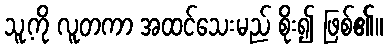
သူ့ကို လူတကာ အထင်သေးမည် စိုး၍ ဖြစ်၏။